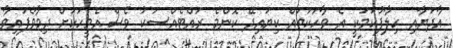
އާދަޔާއި ހިލާފުކަމަކީ އެ ވާހަކަތައް ކިޔައިދޭ ކޮންމެ ރައްޓެއްސަކު ވެސް އެމީހަކަށް ދިމާވެފައިވާ